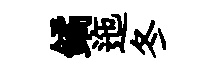
鐍迤冬